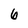
Character: 6